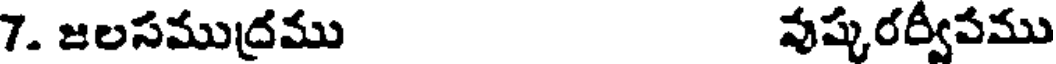
7. జలసముద్రము వుష్కరర్వీపము